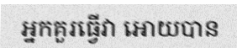
អ្នកគួរធ្វើវា អោយបាន